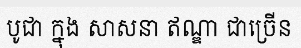
បូជា ក្នុង សាសនា ឥណ្ឌា ជាច្រើន